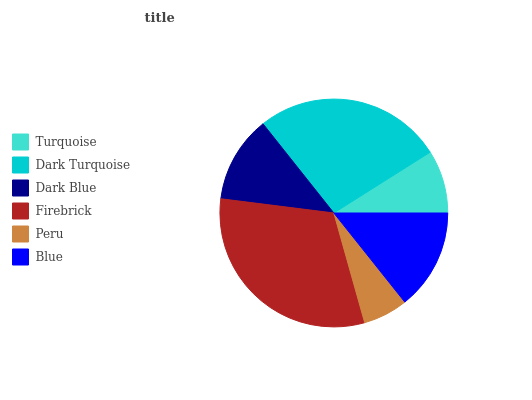
| Turquoise | Dark Turquoise | Dark Blue | Firebrick | Peru | Blue |
 | --- | --- | --- | --- | --- | --- |
 | 8.96% | 26.7% | 12.3% | 31.3% | 6.35% | 14.3% |